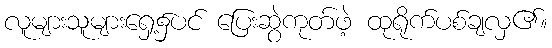
လူများသူများရှေ့၌ပင် ပြေးဆွဲကုတ်ဖဲ့ ထုရိုက်ပစ်ချလှ၏။